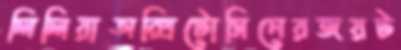
লিলিয়াঅক্সিটোসিনেরজয়ট